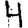
Digit: 4